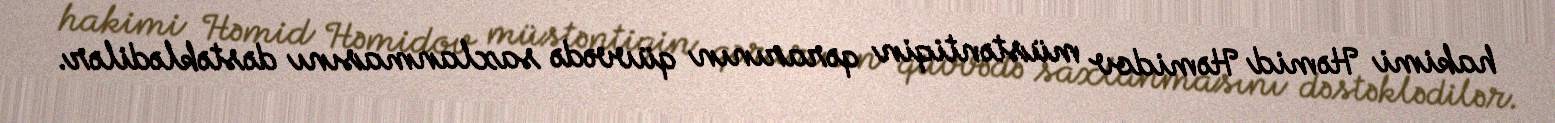
hakimi Həmid Həmidov müstəntiqin qərarının qüvvədə saxlanmasını dəstəklədilər.